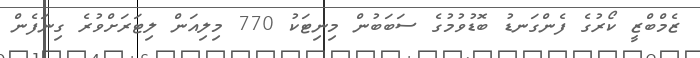
ޒެމްބްޒީ ކޯރުގެ ފެންގަނޑު ބޮޑުވުމުގެ ސަބަބުން މިނިޓަކު 770 މިލިއަން ލިޓަރަށްވުރެ ގިނަފެން